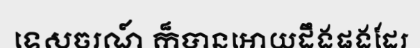
ទេសចរណ៍ ក៏បានអោយដឹងផងដែរ